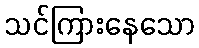
သင်ကြားနေသော